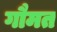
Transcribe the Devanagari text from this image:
गौमत